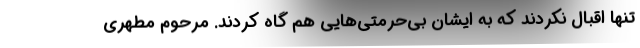
تنها اقبال نکردند که به ایشان بی‌حرمتی‌هایی هم گاه کردند. مرحوم مطهری